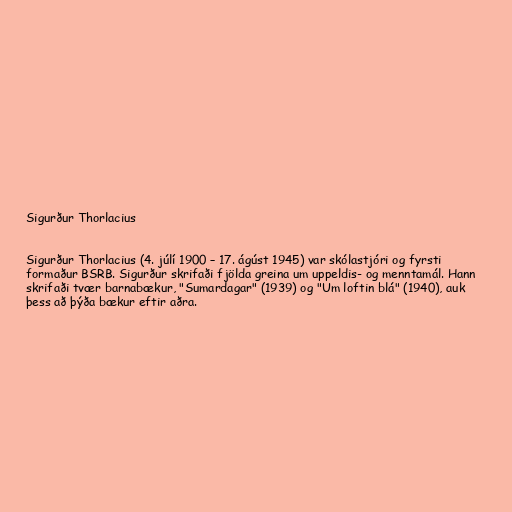
Sigurður Thorlacius

Sigurður Thorlacius (4. júlí 1900 – 17. ágúst 1945) var skólastjóri og fyrsti
formaður BSRB. Sigurður skrifaði fjölda greina um uppeldis- og menntamál. Hann
skrifaði tvær barnabækur, "Sumardagar" (1939) og "Um loftin blá" (1940), auk
þess að þýða bækur eftir aðra.